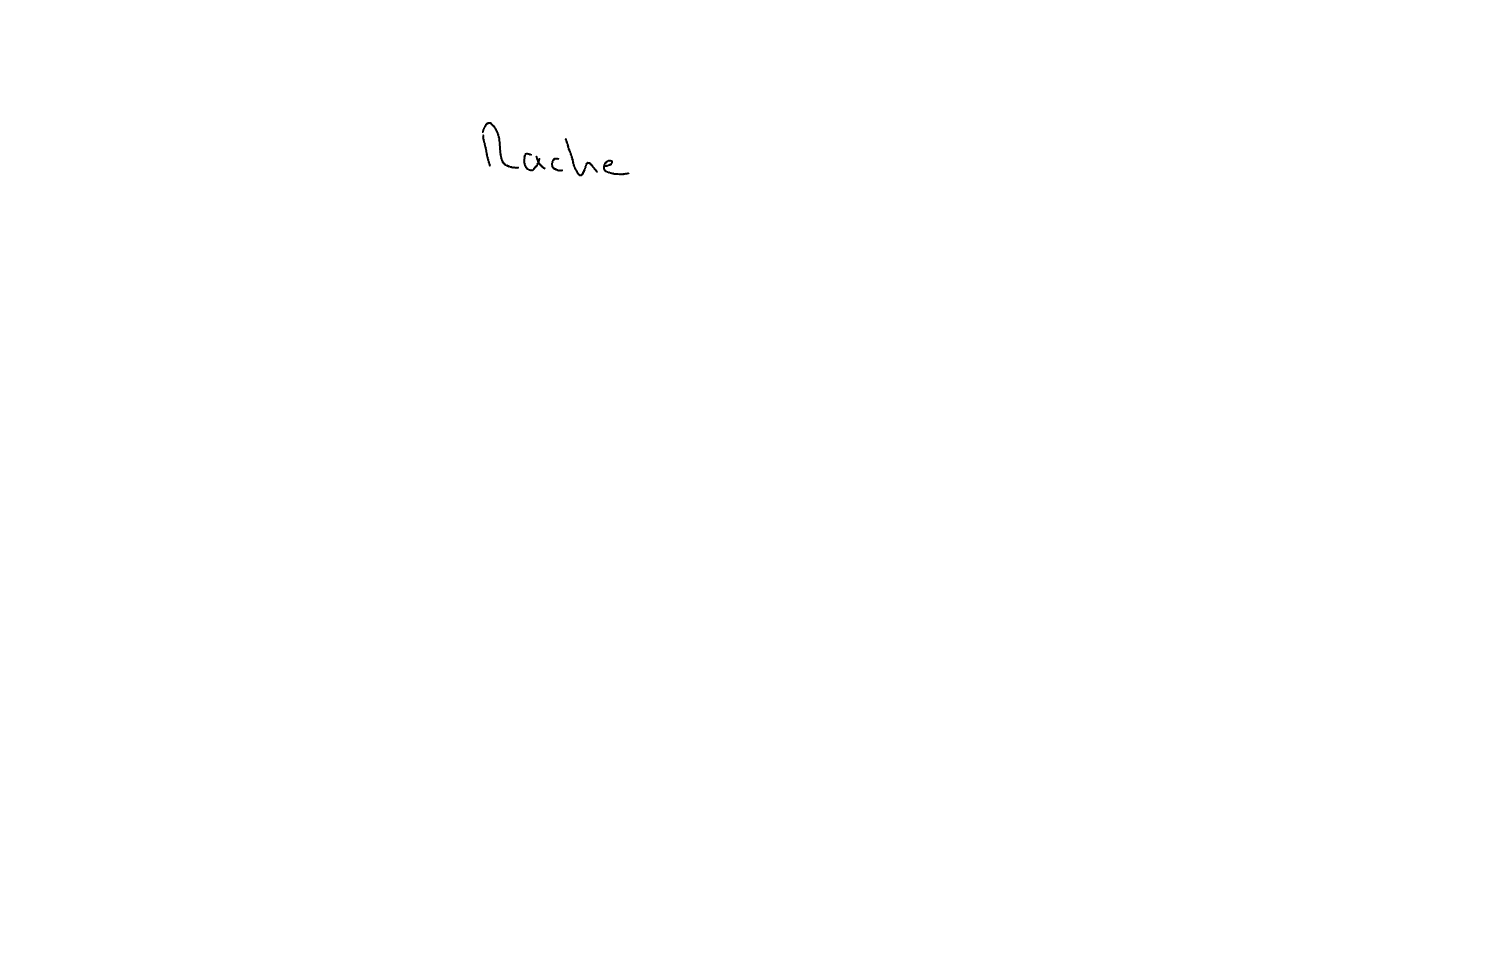
Text: Rache